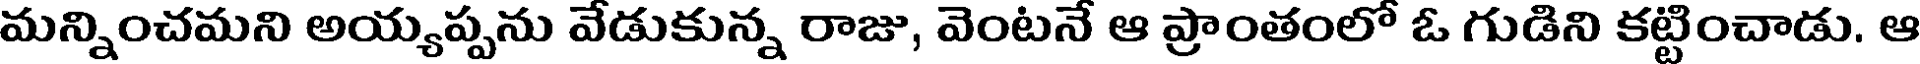
మన్నించమని అయ్యప్పను వేడుకున్న రాజు, వెంటనే ఆ ప్రాంతంలో ఓ గుడిని కట్టించాడు. ఆ